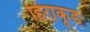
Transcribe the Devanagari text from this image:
हिराकूड